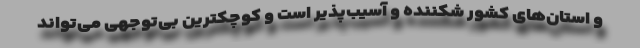
و استان‌های کشور شکننده و آسیب‌پذیر است و کوچکترین بی‌توجهی می‌تواند